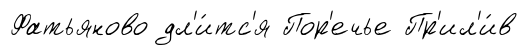
Фатьяново дл'и́тс'я Пор'ечье Пр'ил'и́в